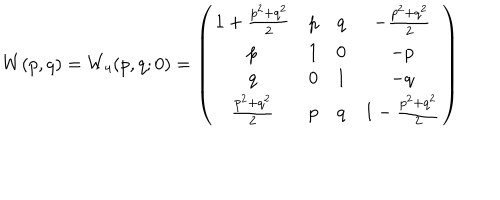
LaTeX: W ( p , q ) = W _ { 4 } ( p , q ; 0 ) = \left( \begin{array} { c c c c } { { 1 + \frac { p ^ { 2 } + q ^ { 2 } } { 2 } } } & { { p } } & { { q } } & { { - \frac { p ^ { 2 } + q ^ { 2 } } { 2 } } } \\ { { p } } & { { 1 } } & { { 0 } } & { { - p } } \\ { { q } } & { { 0 } } & { { 1 } } & { { - q } } \\ { { \frac { p ^ { 2 } + q ^ { 2 } } { 2 } } } & { { p } } & { { q } } & { { 1 - \frac { p ^ { 2 } + q ^ { 2 } } { 2 } } } \\ \end{array} \right)